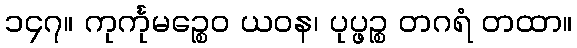
၁၄၇။ ကုင်္ကုမဉ္စေဝ ယဝန၊ ပုပ္ဖဉ္စ တဂရံ တထာ။